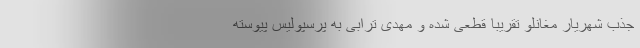
جذب شهریار مغانلو تقریبا قطعی شده و مهدی ترابی به پرسپولیس پیوسته